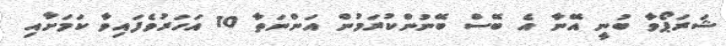
ޝަރަޕޯވާ ބުނީ އޭނާ އެ ބޭސް ބޭނުންކުރަމުން އަންނަތާ 10 އަހަރުވެފައިވާ ކަމަށާއި